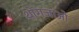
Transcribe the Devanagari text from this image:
थोगजाओ